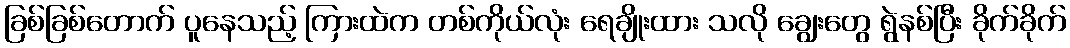
ခြစ်ခြစ်တောက် ပူနေသည့် ကြားထဲက တစ်ကိုယ်လုံး ရေချိုးထား သလို ချွေးတွေ ရွဲနစ်ပြီး ခိုက်ခိုက်